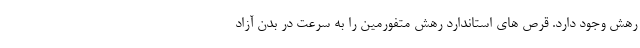
رهش وجود دارد. قرص های استاندارد رهش متفورمین را به سرعت در بدن آزاد